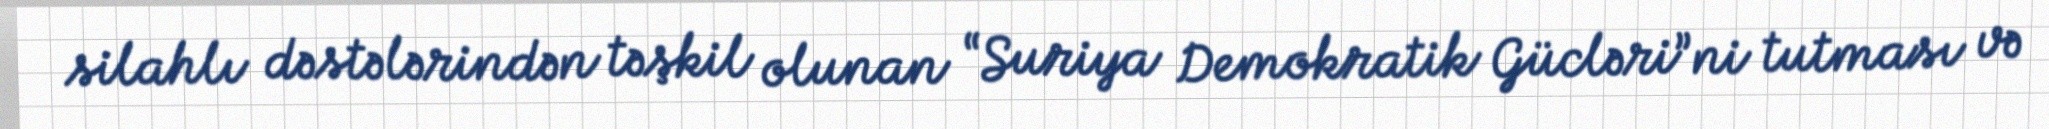
silahlı dəstələrindən təşkil olunan “Suriya Demokratik Gücləri”ni tutması və